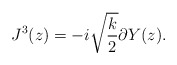
\begin{align*}J^3(z) = -i \sqrt{\frac{k}{2}} \partial Y(z) .\end{align*}